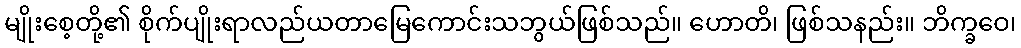
မျိုးစေ့တို့၏ စိုက်ပျိုးရာလည်ယတာမြေကောင်းသဘွယ်ဖြစ်သည်။ ဟောတိ၊ ဖြစ်သနည်း။ ဘိက္ခဝေ၊